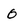
Character: 0